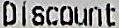
DISCOUNT